Lunatic asylums Madras 1877-1891 - 1877-1891
Year: 1877
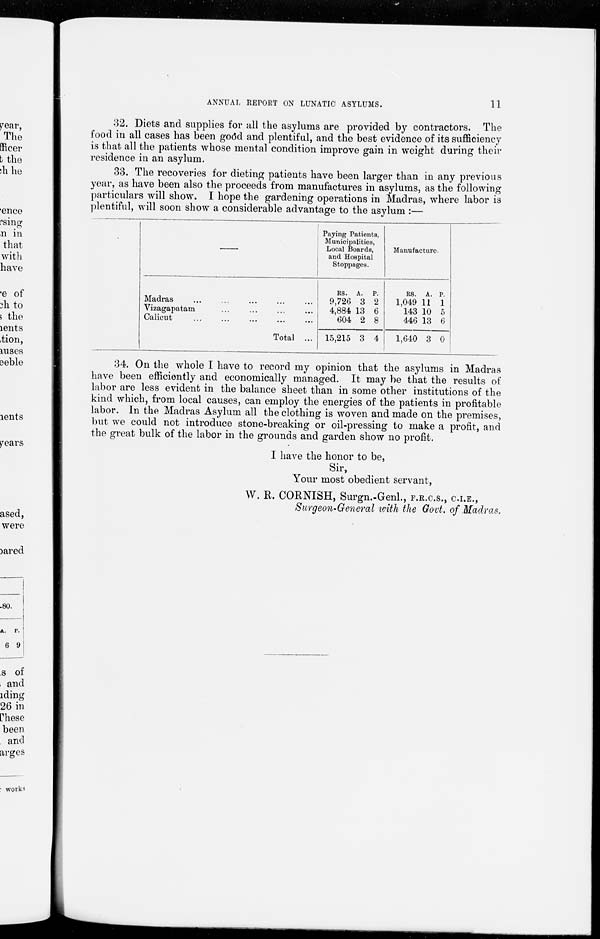
ANNUAL REPORT ON LUNATIC ASYLUMS.
11
32. Diets and supplies for all the asylums are provided by contractors. The
food in all cases has been good and plentiful, and the best evidence of its sufficiency
is that all the patients whose mental condition improve gain in weight during their
residence in an asylum.
33. The recoveries for dieting patients have been larger than in any previous
year, as have been also the proceeds from manufactures in asylums, as the following
particulars will show. I hope the gardening operations in Madras, where labor is
plentiful, will soon show a considerable advantage to the asylum :—
—
Madras ... ... ... ... ...
Vizagapatam ... ... ... ...
Calicut ... ... ... ... ...
Total ...
Paying Patients,
Municipalities,
Local Boards,
and Hospital
Stoppages.
RS.
9,726
4,884
604
15,215
A.
3
13
2
3
P.
2
6
8
4
Manufacture.
RS.
1,049
143
446
1,640
A.
11
10
13
3
P.
1
5
6
0
34. On the whole I have to record my opinion that the asylums in Madras
have been efficiently and economically managed. It may be that the results of
labor are less evident in the balance sheet than in some other institutions of the
kind which, from local causes, can employ the energies of the patients in profitable
labor. In the Madras Asylum all the clothing is woven and made on the premises,
but we could not introduce stone-breaking or oil-pressing to make a profit, and
the great bulk of the labor in the grounds and garden show no profit.
I have the honor to be,
Sir,
Your most obedient servant,
W. R. CORNISH, Surgn.-Genl.,F.R.C.S., C.I.E.,
Surgeon-General with the Govt. of Madras.